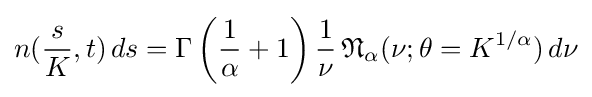
n({\frac {s}{K}},t)\,ds=\Gamma \left({\frac {1}{\alpha }}+1\right){\frac {1}{\nu }}\,{\mathfrak {N}}_{\alpha }(\nu ;\theta =K^{1/\alpha })\,d\nu